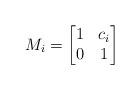
LaTeX: \begin{align*} M_i= \begin{bmatrix} 1& c_i\\ 0&1 \end{bmatrix} \end{align*}